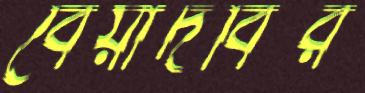
বেয়াদবির